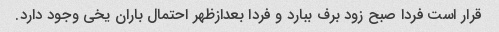
قرار است فردا صبح زود برف ببارد و فردا بعدازظهر احتمال باران یخی وجود دارد.